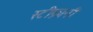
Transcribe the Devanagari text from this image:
स्टीफ़ानी